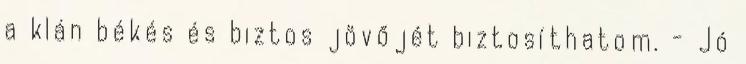
a klán békés és biztos jövőjét biztosíthatom. - Jó